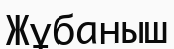
Жұбаныш